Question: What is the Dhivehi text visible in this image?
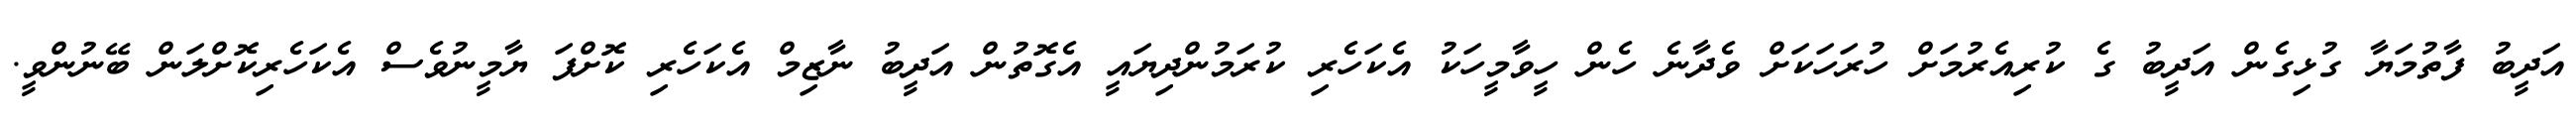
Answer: އަދީބު ފާތުމަޔާ ގުޅިގެން އަދީބު ގެ ކުރިއެރުމަށް ހުރަހަކަށް ވެދާނެ ހެން ހީވާމީހަކު އެކަހެރި ކުރަމުންދިޔައީ އެގޮތުން އަދީބު ނާޒިމް އެކަހެރި ކޮށްފަ ޔާމީނުވެސް އެކަހެރިކޮށްލަން ބޭނުންވީ.